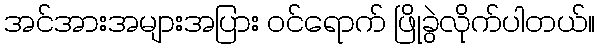
အင်အားအများအပြား ဝင်ရောက် ဖြိုခွဲလိုက်ပါတယ်။